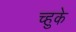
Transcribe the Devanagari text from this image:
च्हुके